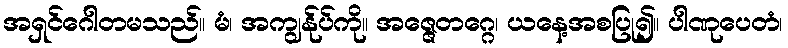
အရှင်ဂေါတမသည်။ မံ၊ အကျွန်ုပ်ကို။ အဇ္ဇေတဂ္ဂေ၊ ယနေ့အစပြု၍။ ပါဏုပေတံ၊